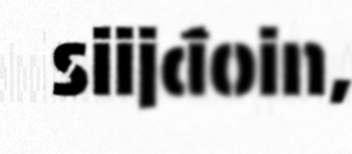
siijđoin,